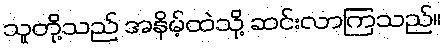
သူတို့သည် အနိမ့်ထဲသို့ ဆင်းလာကြသည်။